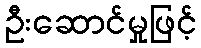
ဦးဆောင်မှုဖြင့်